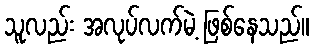
သူလည်း အလုပ်လက်မဲ့ ဖြစ်နေသည်။